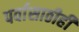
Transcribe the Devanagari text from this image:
पर्वासाठीही